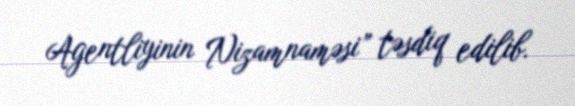
Agentliyinin Nizamnaməsi” təsdiq edilib.